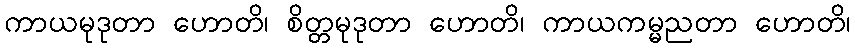
ကာယမုဒုတာ ဟောတိ၊ စိတ္တမုဒုတာ ဟောတိ၊ ကာယကမ္မညတာ ဟောတိ၊